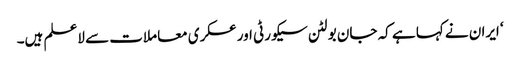
‘ ایران نے کہا ہے کہ جان بولٹن سیکورٹی اور عسکری معاملات سے لاعلم ہیں۔